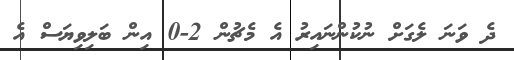
ދެ ވަނަ ލެގަށް ނުކުންނައިރު އެ މެޗުން 2-0 އިން ބަލިވިޔަސް އެ